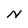
Character: N